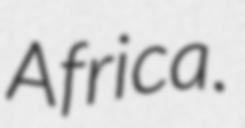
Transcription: Africa.